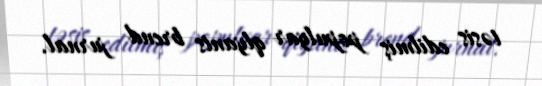
təsis edilmiş populyar qlyants brend jurnal.